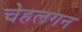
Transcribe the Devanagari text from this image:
चेहलगन